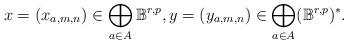
LaTeX: \begin{align*}x=(x_{a,m,n})\in \bigoplus_{a\in A}\mathbb{B}^{r,p}, y=(y_{a,m,n})\in \bigoplus_{a\in A}(\mathbb{B}^{r,p})^*. \end{align*}